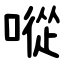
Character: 㗰